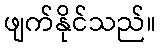
ဖျက်နိုင်သည်။